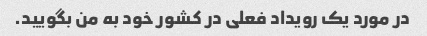
در مورد یک رویداد فعلی در کشور خود به من بگویید.